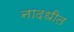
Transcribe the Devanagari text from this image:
नादधीत